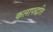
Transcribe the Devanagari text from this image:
कलापद्धति